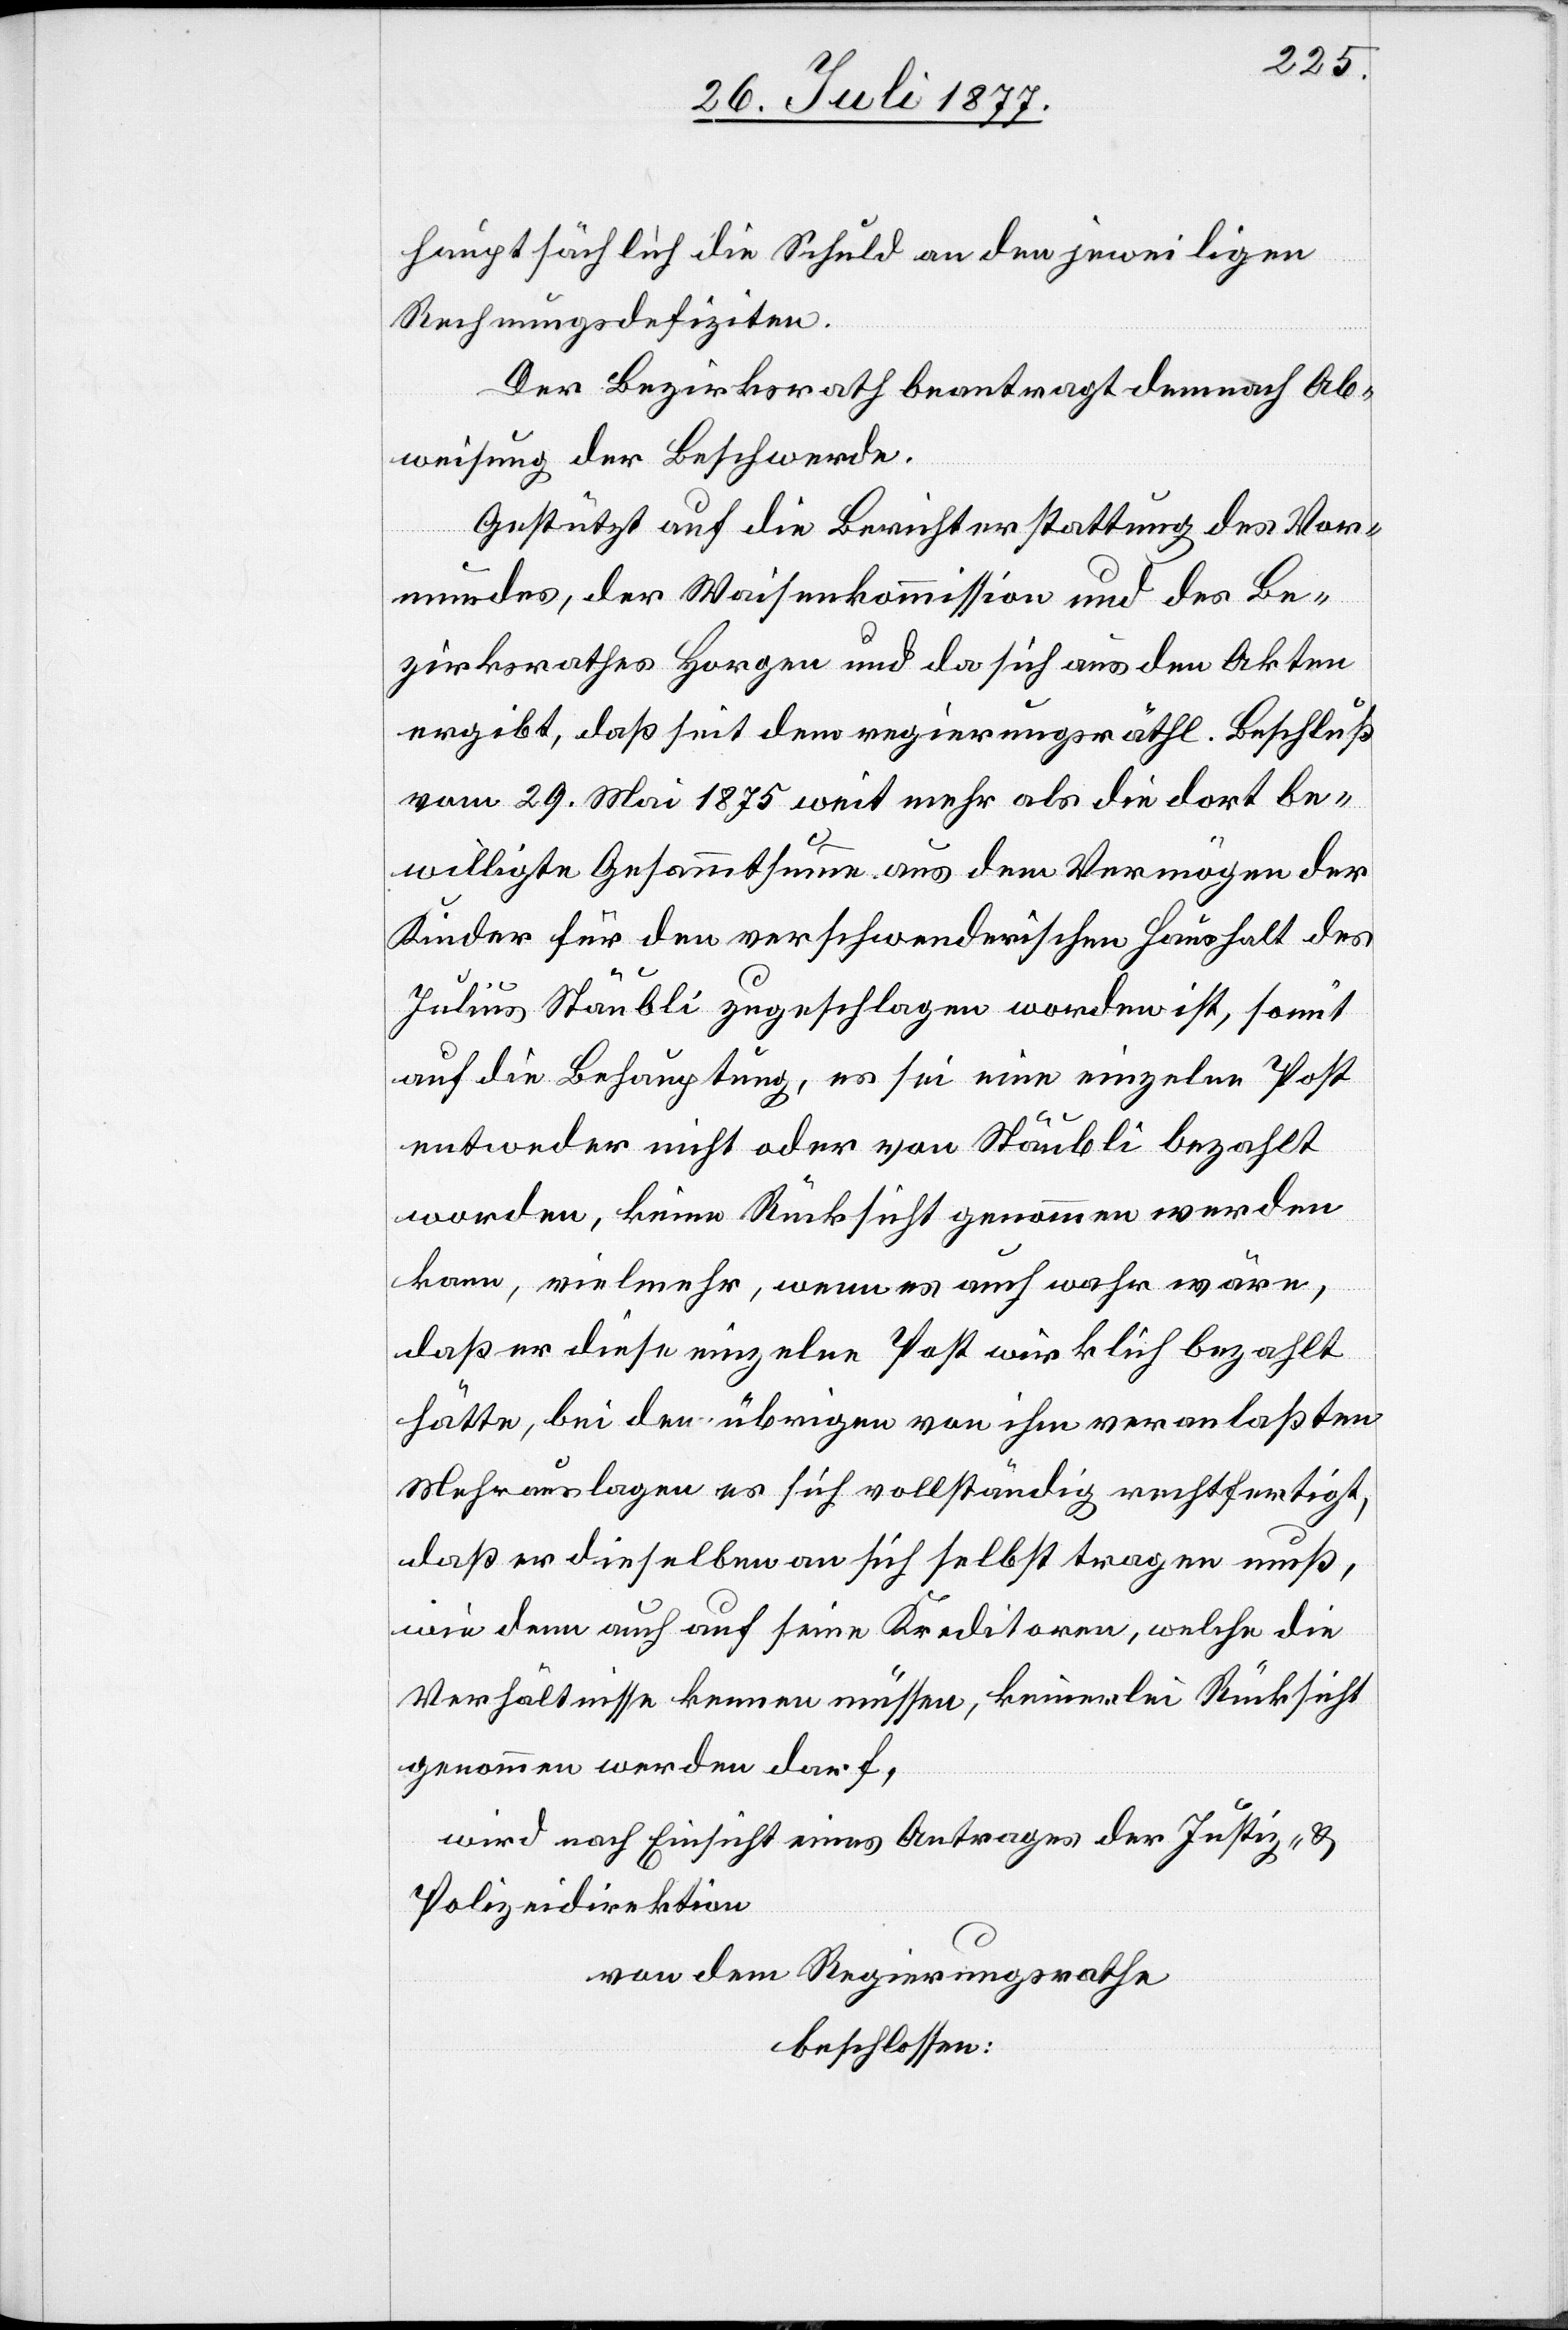
hauptsächlich die Schuld an den jeweiligen
Rechnungsdefiziten.
Der Bezirksrath beantragt demnach Ab¬
weisung der Beschwerde.
Gestützt auf die Berichterstattung des Vor¬
mundes, der Waisenkommission und des Be¬
zirksrathes Horgen und da sich aus den Akten
ergibt, daß seit dem regierungsräthl. Beschluß
vom 29. Mai 1875 weit mehr als die dort be¬
willigte Gesammtsumme aus dem Vermögen der
Kinder für den verschwenderischen Haushalt des
Julius Stäubli zugeschlagen worden ist, somit
auf die Behauptung, es sei eine einzelne Post
entweder nicht oder von Stäubli bezahlt
worden, keine Rücksicht genommen werden
kann, vielmehr, wenn es auch wahr wäre,
daß er diese einzelne Post wirklich bezahlt
hätte, bei den übrigen von ihm veranlaßten
Mehrauslagen es sich vollständig rechtfertigt,
daß er dieselben an sich selbst tragen muß,
wie denn auch auf seine Kreditoren, welche die
Verhältnisse kennen müssen, keinerlei Rücksicht
genommen werden darf,
wird nach Einsicht eines Antrages der Justiz- &
Polizeidirektion
von dem Regierungsrathe
beschlossen: